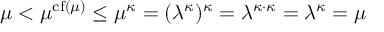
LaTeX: \mu < \mu ^ { \operatorname { c f } ( \mu ) } \leq \mu ^ { \kappa } = ( \lambda ^ { \kappa } ) ^ { \kappa } = \lambda ^ { \kappa \cdot \kappa } = \lambda ^ { \kappa } = \mu